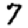
Digit: 7